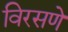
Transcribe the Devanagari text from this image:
विरसणे